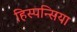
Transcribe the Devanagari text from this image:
हिस्पन्सिया